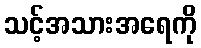
သင့်အသားအရေကို